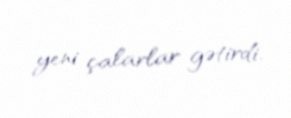
yeni çalarlar gətirdi.